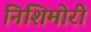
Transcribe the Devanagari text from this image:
निशिमोरी